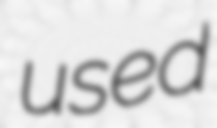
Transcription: used